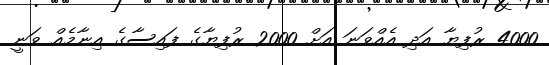
4000 ރުފިޔާ އަދި އެއްވަނަ އަށް 2000 ރުފިޔާގެ ފައިސާގެ އިނާމެއް ވަނީ